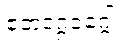
ဧတဒဂ္ဂဝဂ္ဂေါ